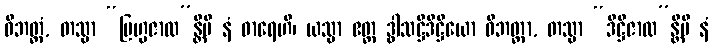
ဝိဘတ္တံ, တသ္မာ “ဗြဟ္မဇာလ”န္တိပိ နံ ဓာရေဟိ၊ ယသ္မာ ဧတ္ထ ဒွါသဋ္ဌိဒိဋ္ဌိယော ဝိဘတ္တာ, တသ္မာ “ဒိဋ္ဌိဇာလ”န္တိပိ နံ